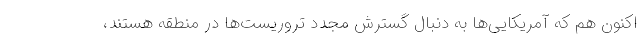
اکنون هم که آمریکایی‌ها به دنبال گسترش مجدد تروریست‌ها در منطقه هستند،